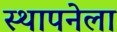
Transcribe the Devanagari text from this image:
स्‍थापनेला